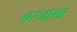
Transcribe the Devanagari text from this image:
बरनामा